Lunatic asylums Madras 1877-1891 - 1877-1891
Year: 1877
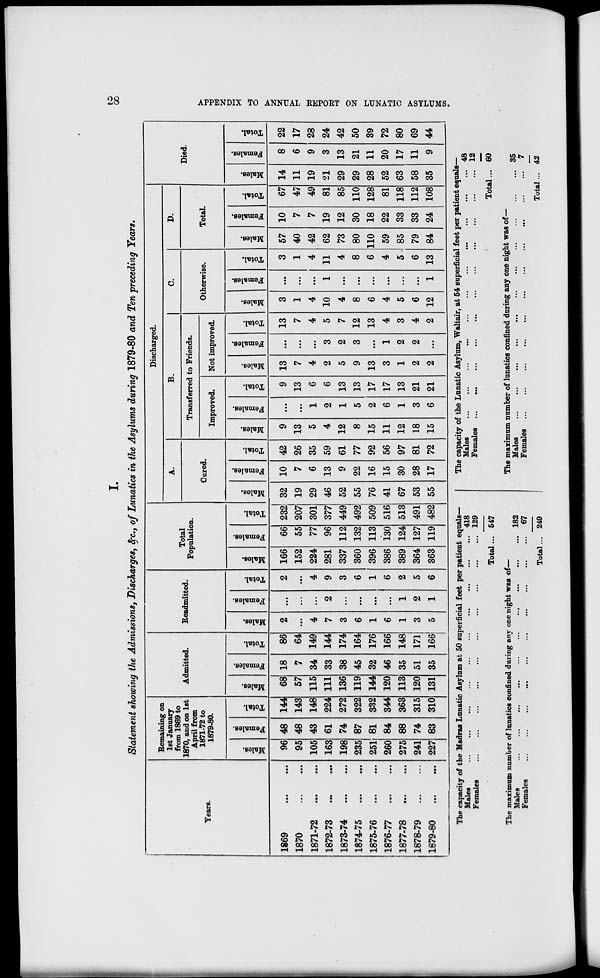
28
APPENDIX TO ANNUAL REPORT ON LUNATIC ASYLUMS.
I.
Statement showing the Admissions, Discharges, &c., of Lunatics in the Asylums during 1879-80 and Ten preceding Years.
Years.
1869 ... ...
1870
...
...
1871-72
...
...
1872-73
...
...
1873-74
...
...
1874-75
...
...
1875-76 ... ...
1876-77
...
...
1877-78
...
...
1878-79
...
...
1879-80
...
...
Remaining on
let January
from 1869 to
1870, and on 1st
April from
1871-72 to
1879-80.
Males.
96
95
105
163
198
235
251
260
275
241
227
Females.
48
48
43
61
74
87
81
84
88
74
83
Total.
144
143
148
224
272
322
332
344
363
315
310
Admitted.
Males.
68
57
115
111
136
119
144
120
113
120
131
Females.
18
7
34
33
38
45
32
46
35
51
35
Total.
86
64
149
144
174
164
176
166
148
171
166
Readmitted.
Males.
2
...
4
7
3
6
1
6
1
3
5
Females.
...
...
...
2
...
...
...
...
1
2
1
Total.
2
...
4
9
3
6
1
6
2
5
6
Total
Population.
Males.
166
152
224
281
337
360
396
386
389
364
363
Females.
66
55
77
96
112
132
113
130
124
127
119
Total.
232
207
301
377
449
492
509
516
513
491
482
Discharged.
A.
Cured.
Males.
32
19
29
46
52
55
76
41
67
53
55
Females.
10
7
6
13
9
22
16
15
30
28
17
Total.
42
26
35
59
61
77
92
56
97
81
72
B.
Transferred to Friends.
Improved.
Males.
9
13
5
4
12
8
15
11
12
18
15
Females.
...
...
1
2
1
5
2
6
1
3
6
Total.
9
13
6
6
13
13
17
17
13
21
21
Not improved.
Males.
13
7
4
2
5
9
13
3
1
2
2
Females.
...
...
...
3
2
3
...
1
2
2
...
Total.
13
7
4
5
7
12
13
4
3
4
2
C.
Otherwise.
Males.
3
1
4
10
4
8
6
4
5
6
12
Females.
...
...
...
1
...
...
...
...
...
...
1
Total.
3
1
4
11
4
8
6
4
5
6
13
D.
Total.
Males.
57
40
42
62
73
80
110
59
85
79
84
Females.
10
7
7
19
12
30
18
22
33
33
24
Total.
67
47
49
81
85
110
128
81
118
112
108
Died.
Males.
14
11
19
21
29
29
28
52
63
58
35
Females.
8
6
9
3
13
21
11
20
17
11
9
Total.
22
17
28
24
42
50
39
72
80
69
44
The capacity of the Madras Lunatic Asylum at 50 superficial feet per patient equals—
Males ... ... ... ... ... ... ... ... ... ...
Females
...
...
...
...
...
...
...
...
...
...
Total ...
418
129
547
The maximum number of lunatics confined during any one night was of—
Males ... ... ... ... ... ... ... ... ... ...
Females ... ... ... ... ... ... ... ... ... ...
Total ...
182
67
249
The capacity of the Lunatic Asylum, Waltair, at 54 superficial feet per patient equals—
Males ... ... ... ... ... ... ... ... ... ...
Females ... ... ... ... ... ... ... ... ... ...
Total ...
48
12
60
The maximum number of lunatics confined during any one night was of—
Males
...
...
...
...
...
...
...
...
...
...
Females
...
...
...
...
...
...
...
...
...
...
Total ...
35
7
42